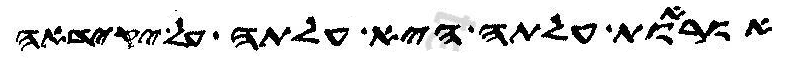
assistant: אוראות עלתה היא עלתה על יקידאה